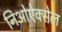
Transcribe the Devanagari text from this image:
निओऐक्सेल